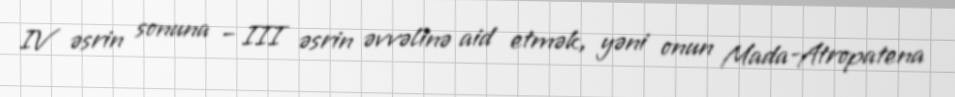
IV əsrin sonuna – III əsrin əvvəlinə aid etmək, yəni onun Mada-Atropatena